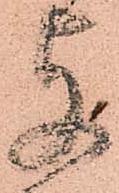
支